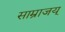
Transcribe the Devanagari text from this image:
साम्राजय्